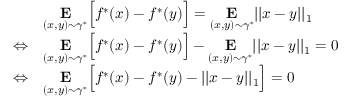
\begin{array} { r l } { } & { \underset { ( x , y ) \sim \gamma ^ { * } } { \mathbf { E } } \Big [ f ^ { * } ( x ) - f ^ { * } ( y ) \Big ] = \underset { ( x , y ) \sim \gamma ^ { * } } { \mathbf { E } } | | x - y | | _ { 1 } } \\ { \Leftrightarrow } & { \underset { ( x , y ) \sim \gamma ^ { * } } { \mathbf { E } } \Big [ f ^ { * } ( x ) - f ^ { * } ( y ) \Big ] - \underset { ( x , y ) \sim \gamma ^ { * } } { \mathbf { E } } | | x - y | | _ { 1 } = 0 } \\ { \Leftrightarrow } & { \underset { ( x , y ) \sim \gamma ^ { * } } { \mathbf { E } } \Big [ f ^ { * } ( x ) - f ^ { * } ( y ) - | | x - y | | _ { 1 } \Big ] = 0 } \end{array}